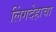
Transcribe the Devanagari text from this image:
लिंगदेहाचा